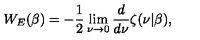
W _ { E } ( \beta ) = - \frac 1 2 \lim _ { \nu \rightarrow 0 } { \frac { d } { d \nu } } \zeta ( \nu | \beta ) ,